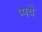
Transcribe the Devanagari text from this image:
प्पये